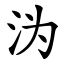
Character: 沩